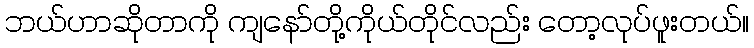
ဘယ်ဟာဆိုတာကို ကျနော်တို့ကိုယ်တိုင်လည်း တော့လုပ်ဖူးတယ်။